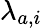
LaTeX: \lambda_{a,i}